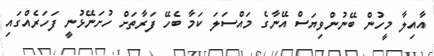
އާއިލާ މީހުން ބޭނުންވިޔަސް އޭނާގެ މައްސަލަ ކަމާ ބެހޭ ފަރާތަށް ހުށަނޭޅުނީ ފަހަރެއްގައި